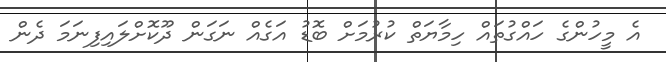
އެ މީހުންގެ ހައްގުތައް ހިމާޔަތް ކުރުމަށް ބޮޑު އަގެއް ނަގަން ދޫކޮށްލައިފިނަމަ ދެން